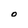
Character: O